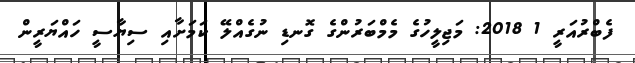
ފެބްރުއަރީ 1 2018: މަޖިލީހުގެ މެމްބަރުންގެ ގޮނޑި ނުގެއްލޭ ކަމަށާއި ސިޔާސީ ހައްޔަރީން